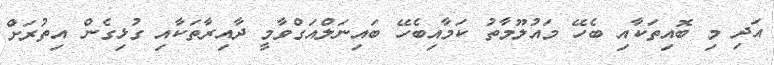
އަދި މި ބޮއިތަކާއި ބެހޭ މައުލޫމާތު ކަމާއިބެހޭ ބައިނަލްއަގްވާމީ ދާއިރާތަކާއި ގުޅިގެން އިތުރަށް